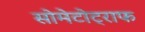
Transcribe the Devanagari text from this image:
सोमेटोट्राफ